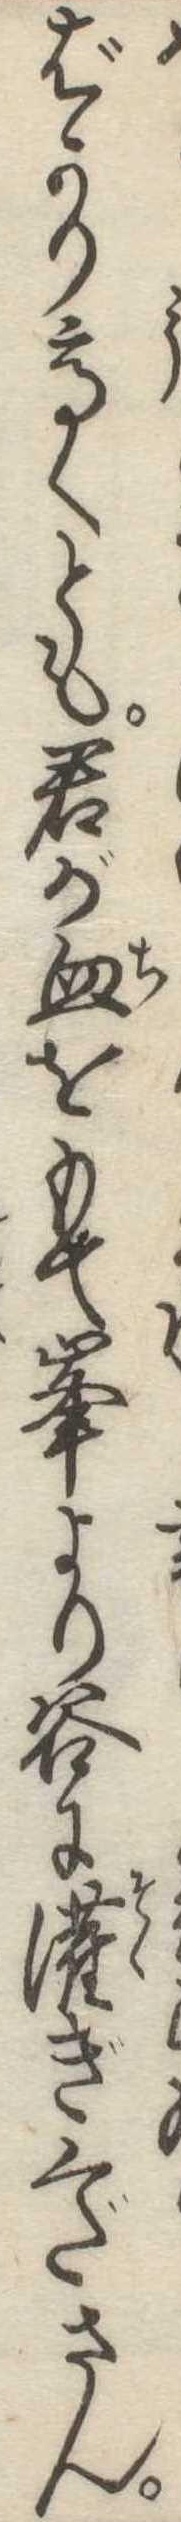
ばかり高くとも君が血をもて峰より谷に潅ぎくださん